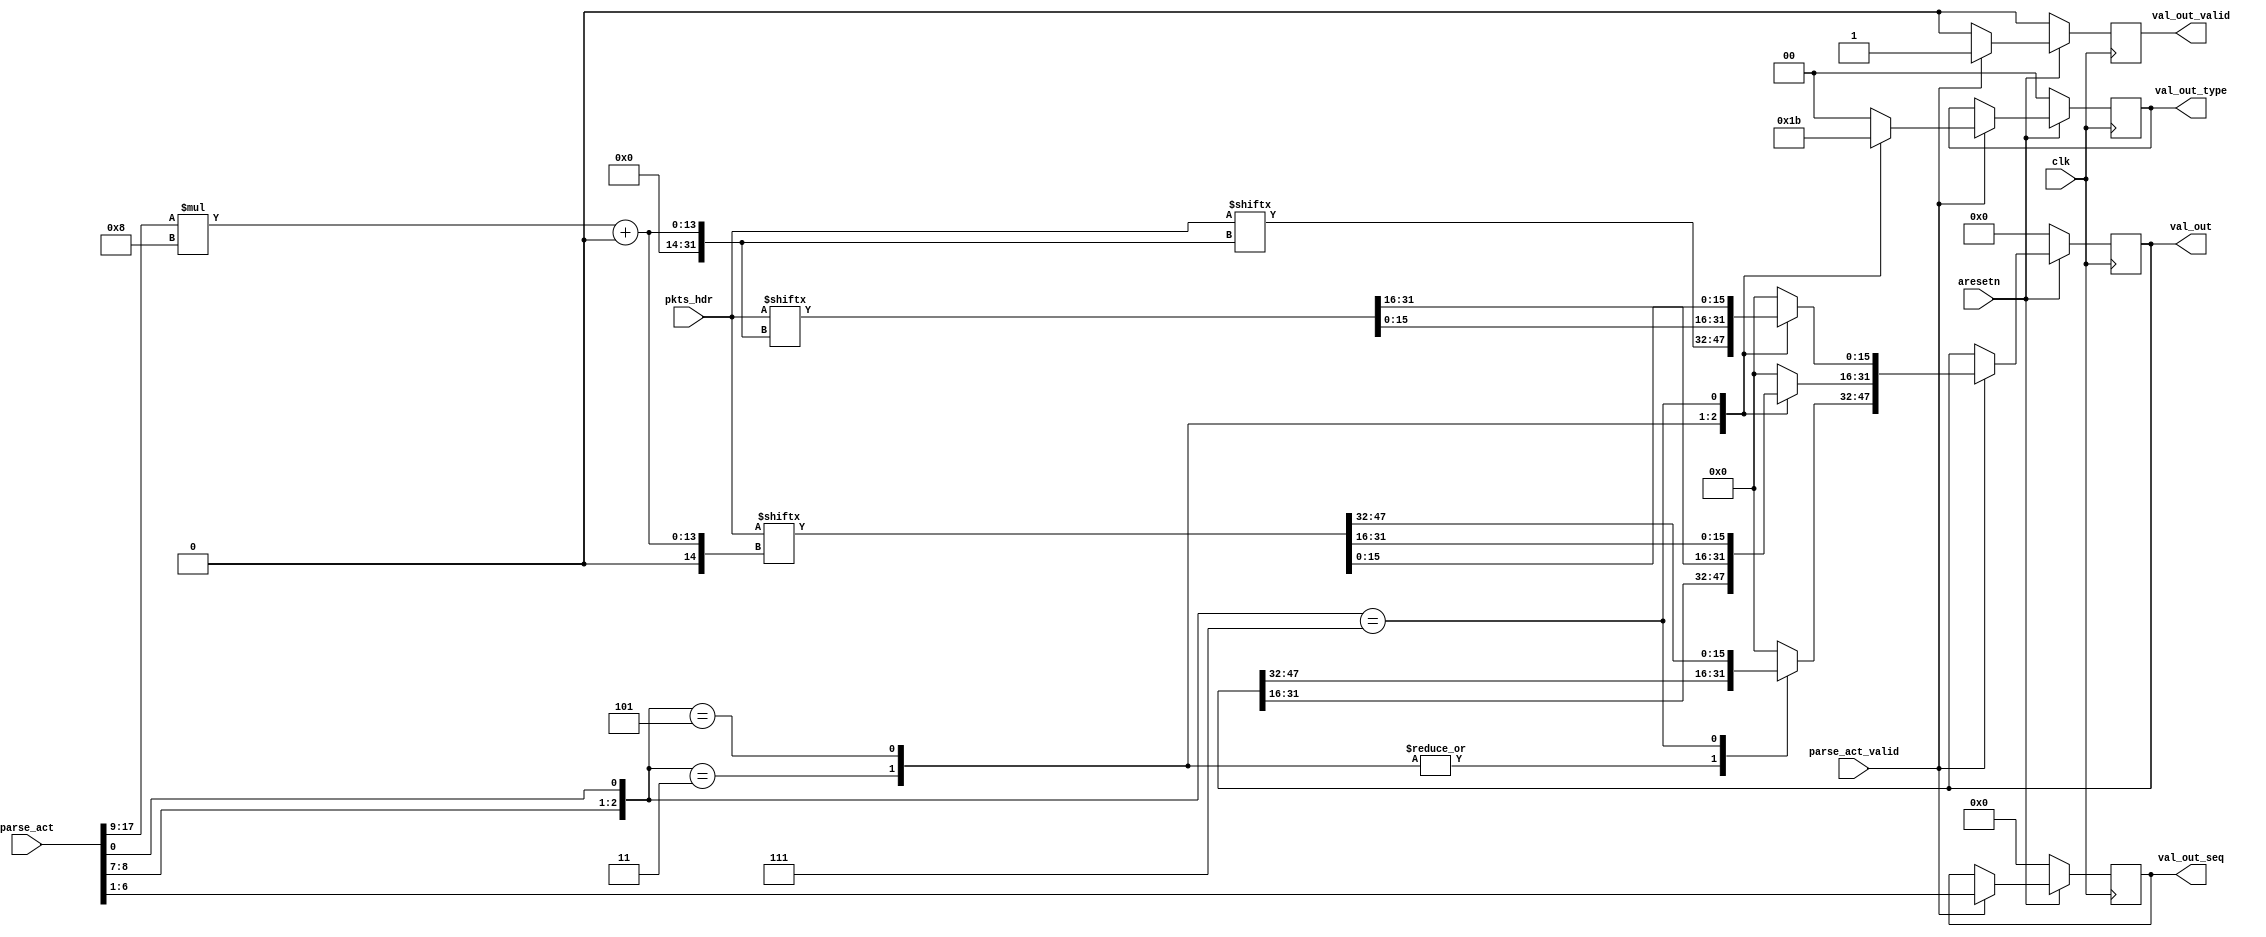
`timescale 1ns / 1ps



module sub_parser #(
	parameter PKTS_HDR_LEN = 16*256,
	parameter PARSE_ACT_LEN = 24,
	parameter VAL_OUT_LEN = 48
)
(
	input				clk,
	input				aresetn,

	input						parse_act_valid,
	input [PARSE_ACT_LEN-1:0]	parse_act,

	input [PKTS_HDR_LEN-1:0]	pkts_hdr,

	output reg					val_out_valid,
	output reg [VAL_OUT_LEN-1:0]	val_out,
	output reg [1:0]			val_out_type,
	output reg [5:0]			val_out_seq
);


reg [VAL_OUT_LEN-1:0]		val_out_nxt;
reg							val_out_valid_nxt;
reg [1:0]					val_out_type_nxt;
reg [5:0]					val_out_seq_nxt;

always @(*) begin
	val_out_valid_nxt = 0;
	val_out_nxt = val_out;
	val_out_type_nxt = val_out_type;
	val_out_seq_nxt = val_out_seq;

	if (parse_act_valid) begin
		val_out_valid_nxt = 1;
		val_out_seq_nxt = parse_act[6:1];
		
		case({parse_act[8:7], parse_act[0]})
			// 2B
			3'b011: begin
				val_out_type_nxt = 2'b01;
				val_out_nxt[15:0] = pkts_hdr[(parse_act[17:9])*8 +: 16];
			end
			// 4B
			3'b101: begin
				val_out_type_nxt = 2'b10;
				val_out_nxt[31:0] = pkts_hdr[(parse_act[17:9])*8 +: 32];
			end
			// 6B
			3'b111: begin
				val_out_type_nxt = 2'b11;
				val_out_nxt[47:0] = pkts_hdr[(parse_act[17:9])*8 +: 48];
			end
			default: begin
				val_out_type_nxt = 0;
				val_out_nxt = 0;
			end
		endcase
	end
end

always @(posedge clk) begin
	if (~aresetn) begin
		val_out_valid <= 0;
		val_out <= 0;
		val_out_type <= 0;
		val_out_seq <= 0;
	end
	else begin
		val_out_valid <= val_out_valid_nxt;
		val_out <= val_out_nxt;
		val_out_type <= val_out_type_nxt;
		val_out_seq <= val_out_seq_nxt;
	end
end


endmodule